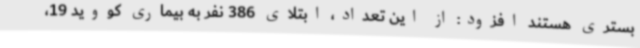
بستری هستند افزود: از این تعداد، ابتلای 386 نفر به بیماری کووید 19،